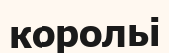
корольі